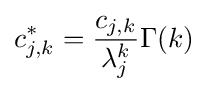
c_{j,k}^{*}={\frac {c_{j,k}}{\lambda _{j}^{k}}}\Gamma (k)